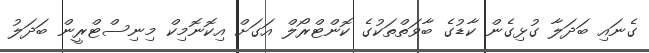
ގެނައި ބަދަލާ ގުޅިގެން ކާޑުގެ ބާވަތްތަކުގެ ކޮންޓްރޯލް އަގަށް އިކޮނޮމިކް މިނިސްޓްރީން ބަދަލު